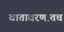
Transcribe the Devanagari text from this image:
वातावरणातच